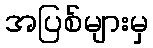
အပြစ်များမှ